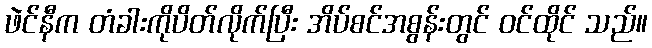
ဖဲင်နီက တံခါးကိုပိတ်လိုက်ပြီး အိပ်စင်အစွန်းတွင် ဝင်ထိုင် သည်။